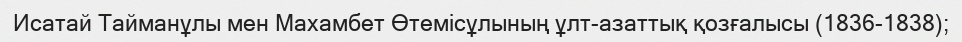
Исатай Тайманұлы мен Махамбет Өтемісұлының ұлт-азаттық қозғалысы (1836-1838);